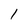
Character: l